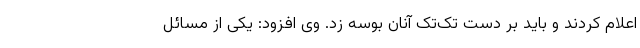
اعلام کردند و باید بر دست تک‌تک آنان بوسه زد. وی افزود: یکی از مسائل